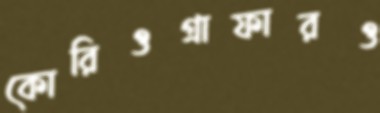
কোরিওগ্রাফারও